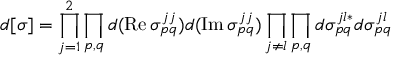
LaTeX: d [ \sigma ] = \prod _ { j = 1 } ^ { 2 } \prod _ { p , q } d ( \mathrm { R e } \, \sigma _ { p q } ^ { j j } ) d ( \mathrm { I m } \, \sigma _ { p q } ^ { j j } ) \prod _ { j \neq l } \prod _ { p , q } d \sigma _ { p q } ^ { j l * } d \sigma _ { p q } ^ { j l }